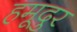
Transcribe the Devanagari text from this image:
हमूदुर